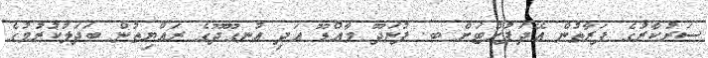
ސަރުކާރުގެ ފަރާތުން އޭދަފުށްޓަށް ބ. ފުނަދޫ މާއްޑޫ އަދި އުނގޫދޫގެ ރައްޔިތުން ބަދަލުކުރުމުގެ